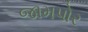
જામપોર